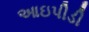
આઇપીડી